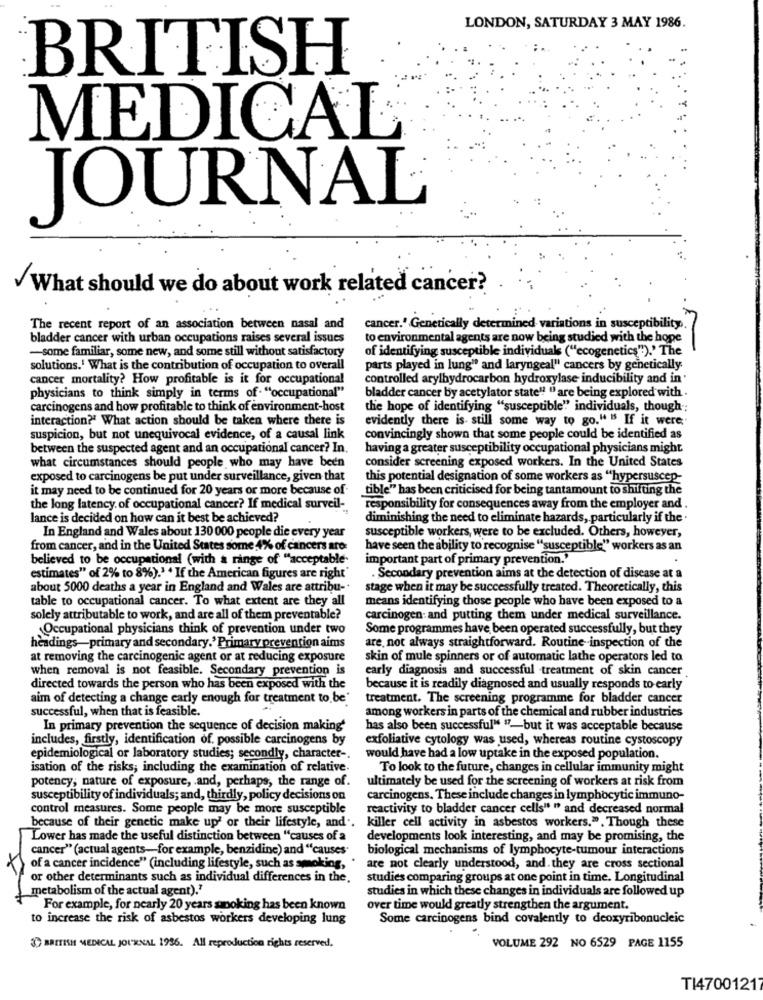
LONDON, SATURDAY 3 MAY 1986.
BRITISH
MEDICAL
JOURNAL
What should we do about work related cancer?
The recent report of an association between nasal and
cancer.' Genetically determined variations in susceptibility
bladder cancer with urban occupations raises several issues
to environmental agents are now being studied with the hope
-some familiar, some new, and some still without satisfactory
of identifying susceptible individuals ("ecogenetics").' The
solutions.1 What is the contribution of occupation to overall
parts played in lung" and laryngeal" cancers by genetically
cancer mortality? How profitable is it for occupational
controlled arylhydrocarbon hydroxylase inducibility and in'
bladder cancer by acetylator state" "are being explored with .
physicians to think simply in terms of. "occupational"
carcinogens and how profitable to think of environment-host
the hope of identifying "susceptible" individuals, though ;
interaction?" What action should be taken where there is
evidently there is still some way to go." "s If it were.
suspicion, but not unequivocal evidence, of a causal link
convincingly shown that some people could be identified as
between the suspected agent and an occupational cancer? In.
having a greater susceptibility occupational physicians might
what circumstances should people who may have been
consider screening exposed workers. In the United States
exposed to carcinogens be put under surveillance, given that
this potential designation of some workers as "hypersuscep-
it may need to be continued for 20 years or more because of
tible" has been criticised for being tantamount to shifung the
the long latency. of occupational cancer? If medical surveil-
responsibility for consequences away from the employer and .
lance is decided on how can it best be achieved?
diminishing the need to eliminate hazards, particularly if the .
susceptible workers, were to be excluded. Others, however,
In England and Wales about 130 000 people die every year
from cancer, and in the United States some 4% of cancers aro:
have seen the ability to recognise "susceptible" workers as an
believed to be occupational (with a range of "acceptable-
important part of primary prevention.'
estimates" of 2% to 8%).' . If the American figures are right'
. Secondary prevention aims at the detection of disease at a
about 5000 deaths a year in England and Wales are attribu-
stage when it may be successfully treated. Theoretically, this
table to occupational cancer. To what extent are they all
means identifying those people who have been exposed to a
solely attributable to work, and are all of them preventable?
carcinogen: and putting them under medical surveillance.
Occupational physicians think of prevention under two
Some programmes have been operated successfully, but they
headings-primary and secondary.' Primary prevention aims
are, not always straightforward. Routine .inspection of the
at removing the carcinogenic agent or at reducing exposure
skin of mule spinners or of automatic lathe operators led to
when removal is not feasible. Secondary prevention is
early diagnosis and successful treatment of skin cancer
directed towards the person who has been exposed with the
because it is readily diagnosed and usually responds to early
aim of detecting a change early enough for treatment to be'
treatment. The screening programme for bladder cancer
successful, when that is feasible.
among workers in parts of the chemical and rubber industries
In primary prevention the sequence of decision making
has also been successful" "7-but it was acceptable because
includes, firstly, identification of. possible carcinogens by
exfoliative cytology was used, whereas routine cystoscopy
epidemiological or laboratory studies; secondly, character -.
would have had a low uptake in the exposed population.
isation of the risks; including the examination of relative.
To look to the future, changes in cellular immunity might
potency, nature of exposure, . and, perhaps, the range of.
ultimately be used for the screening of workers at risk from
susceptibility of individuals; and, thirdly, policy decisions on
carcinogens. These include changes in lymphocytic immuno-
control measures. Some people may be more susceptible
reactivity to bladder cancer cells" " and decreased normal
because of their genetic make up' or their lifestyle, and ..
killer cell activity in asbestos workers.". Though these
Lower has made the useful distinction between "causes of a
developments look interesting, and may be promising, the
cancer" (actual agents-for example, benzidine) and "causes"
biological mechanisms of lymphocyte-tumour interactions
of a cancer incidence" (including lifestyle, such as smoking,
are not clearly understood, and. they are cross sectional
or other determinants such as individual differences in the,
studies comparing groups at one point in time. Longitudinal
metabolism of the actual agent)."
studies in which these changes in individuals are followed up
For example, for nearly 20 years smoking has been known
over time would greatly strengthen the argument.
to increase the risk of asbestos workers developing lung
Some carcinogens bind covalently to deoxyribonucleic
37 BRITISH MEDICAL JOURNAL 1956. All reproduction rights reserved.
VOLUME 292 NO 6529 PAGE 1155
TI47001217